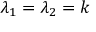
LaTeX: \lambda _ { 1 } = \lambda _ { 2 } = k